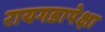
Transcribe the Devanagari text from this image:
रायगडापेक्षा